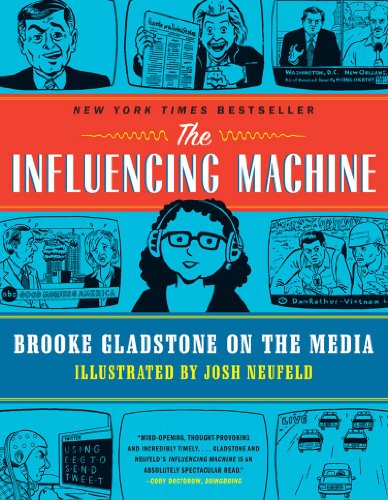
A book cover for The Influencing Machine: Brooke Gladstone on the Media; Brooke Gladstone; Comics & Graphic Novels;